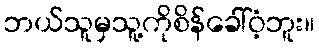
ဘယ်သူမှသူ့ကိုစိန်ခေါ်ဝံ့ဘူး။